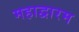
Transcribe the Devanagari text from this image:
महाद्वारम